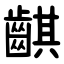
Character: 䶞